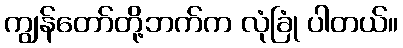
ကျွန်တော်တို့ဘက်က လုံခြုံ ပါတယ်။